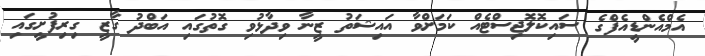
އެމްއެންޑީއެފްގެ ސައިކޮލޮޖިސްޓެއް ކަމަށްވާ އައިޝަތު ޒީނާ ވިދާޅުވި ގޮތުގައި އަބްދު ގާޒީ ގިރިފުށީގައި